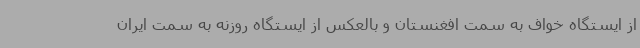
از ایستگاه خواف به سمت افغنستان و بالعکس از ایستگاه روزنه به سمت ایران